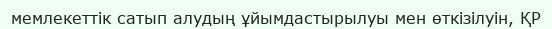
мемлекеттік сатып алудың ұйымдастырылуы мен өткізілуін, ҚР